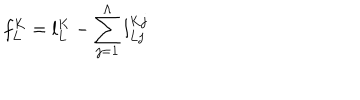
LaTeX: f _ { L } ^ { K } = l _ { L } ^ { K } - \sum _ { j = 1 } ^ { \Lambda } l _ { L j } ^ { K j }